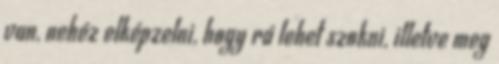
van, nehéz elképzelni, hogy rá lehet szokni, illetve meg